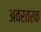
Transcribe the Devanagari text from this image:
अवरतरक